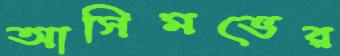
আসিমভের